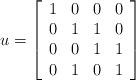
LaTeX: \begin{align*}u = \left[\begin{array}{cccc}1 & 0 & 0 & 0 \\0 & 1 & 1 & 0 \\0 & 0 & 1 & 1 \\0 & 1 & 0 & 1 \\\end{array} \right]\end{align*}